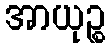
အာယုဉ္စ